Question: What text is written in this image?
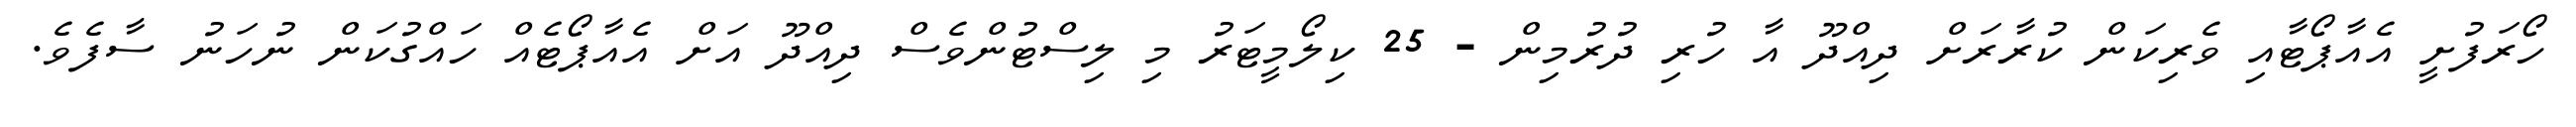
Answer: ހޯރަފުށީ އެއާޕޯޓާއި ވެރިކަން ކުރާރަށް ދިއްދޫ އާ ހުރި ދުރުމިން - 25 ކިލޯމީޓަރު މި ލިސްޓުންވެސް ދިއްދޫ އަށް އެއާޕޯޓެއް ހައްގުކަން ނުހަނު ސާފެވެ.